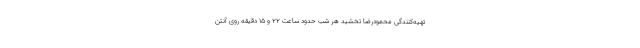
تهیه‌کنندگی محمودرضا تخشید هر شب حدود ساعت ۲۲ و ۱۵ دقیقه روی آنتن